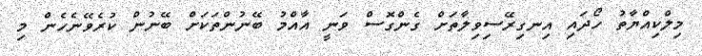
މިލްކިއްޔާތު ހޯދައި އިނގިރޭސިވިލާތަށް ގެންގޮސް ވަނީ އާއްމު ބޭނުންތަކަށް ބޭނުން ކުރެވޭނެހެން މި